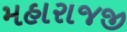
મહારાજજી